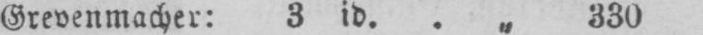
Grevenmacher: 3 id.. „ 330